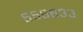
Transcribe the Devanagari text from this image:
५५६६३३